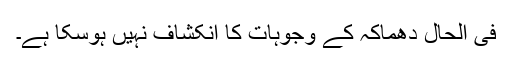
فی الحال دھماکہ کے وجوہات کا انکشاف نہیں ہوسکا ہے۔